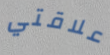
علاقتي